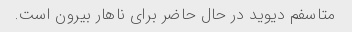
متاسفم دیوید در حال حاضر برای ناهار بیرون است.